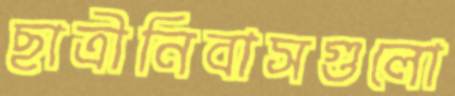
ছাত্রীনিবাসগুলো